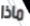
ماذا